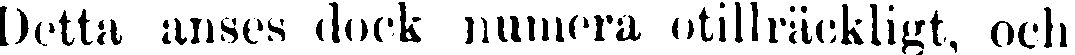
Detta anses dock numera otillräckligt, och